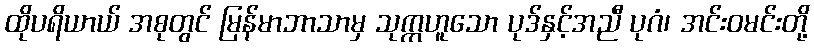
ထိုပရိယာယ် အစုတွင် မြန်မာဘာသာမှ သုက္ကဟူသော ပုဒ်နှင့်အညီ ပုဂံ၊ အင်းဝမင်းတို့